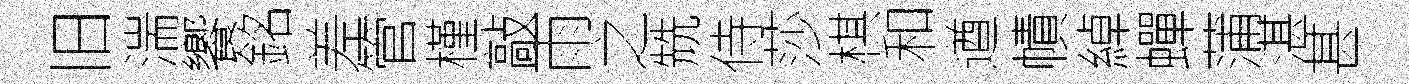
旧湍饗銘差管槿敲雨之兟侍莎棋和遒幘綽蟬蒲湛甚